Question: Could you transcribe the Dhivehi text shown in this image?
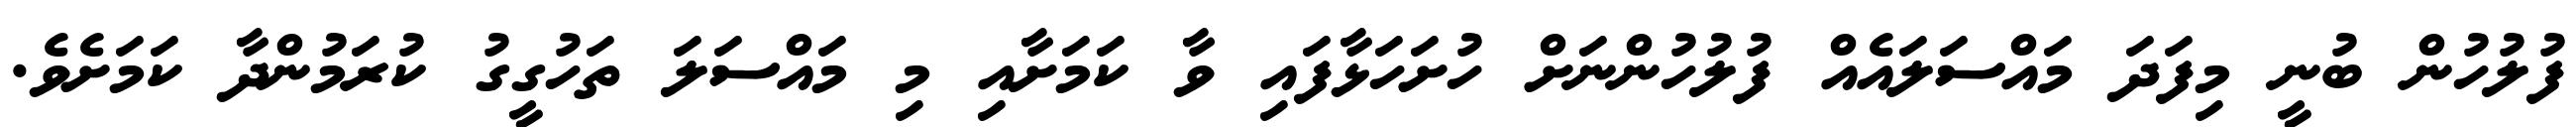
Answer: ފުލުހުން ބުނީ މިފަދަ މައްސަލައެއް ފުލުހުންނަށް ހުށަހަޅާފައި ވާ ކަމަށާއި މި މައްސަލަ ތަހުގީގު ކުރަމުންދާ ކަމަށެވެ.